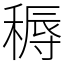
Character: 䅶